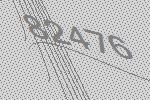
82476